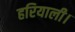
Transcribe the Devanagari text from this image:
हरियाली।